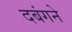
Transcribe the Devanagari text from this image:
दबंगने